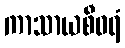
ကာသာယစီဝရံ